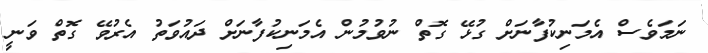
ނަމަވެސް އެމަނިކުފާނަށް ގުޅޭ ގޮތް ނުވުމުން އެމަނިކުފާނަށް ދައުވަތު އެރުވޭ ގޮތް ވަނީ